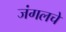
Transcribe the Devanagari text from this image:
जंगलचे